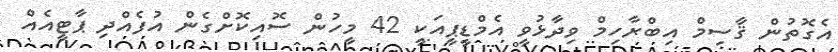
އެގޮތުން ޤާސިމް އިބްރާހިމް ވިދާޅުވީ އެމްޑީޕީއަކީ 42 މީހުން ސޮއިކޮށްގެން އުފެއްދި ޕާޓީއެއް